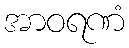
အာဝရဏံ